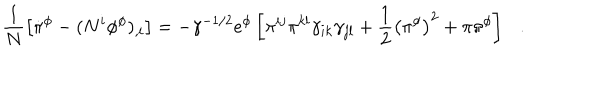
\frac { 1 } { N } \left[ \dot { \pi } ^ { \phi } - ( N ^ { i } \phi ^ { \phi } ) _ { , i } \right] = - \gamma ^ { - 1 / 2 } e ^ { \phi } \left[ \pi ^ { i j } \pi ^ { k l } \gamma _ { i k } \gamma _ { j l } + \frac { 1 } { 2 } \left( \pi ^ { \phi } \right) ^ { 2 } + \pi \pi ^ { \phi } \right] .